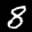
Label: 8